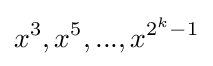
x^{3},x^{5},...,x^{2^{k}-1}